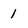
Character: 1